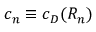
c _ { n } \equiv c _ { D } ( { \cal R } _ { n } )